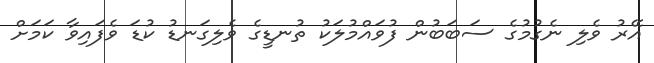
އޭރު ވެލި ނެގުމުގެ ސަބަބުން ފުވައްމުލަކު ތުނޑީގެ ވެލިގަނޑު ކުޑަ ވެފައިވާ ކަމަށް